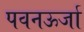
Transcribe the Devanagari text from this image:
पवनऊर्जा